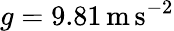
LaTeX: g=9.81\, \mathrm{m}\, \mathrm{s}^{-2}